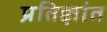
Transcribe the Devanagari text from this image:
प्रतिज्ञांत